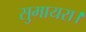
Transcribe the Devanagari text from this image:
सुमायरा।